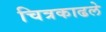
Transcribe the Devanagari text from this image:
चित्रकाढले